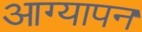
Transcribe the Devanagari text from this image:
आग्यापन